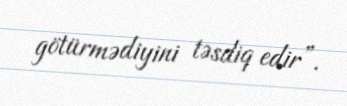
götürmədiyini təsdiq edir”.